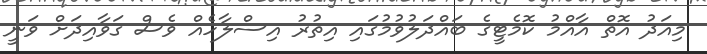
މިއަދު އޮތް އާއްމު ކޮމެޓީގެ ބައްދަލުވުމުގައި އިތުރު އިސްލާހެއް ވެސް ގަވާއިދަށް ވަނީ